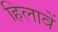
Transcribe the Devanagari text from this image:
हिलावें